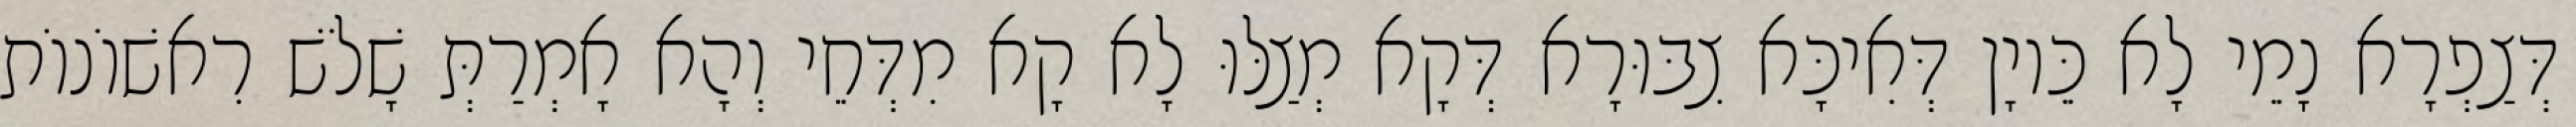
דְּצַפְרָא נָמֵי לָא כֵּיוָן דְּאִיכָּא צִבּוּרָא דְּקָא מְצַלּוּ לָא קָא מִדְּחֵי וְהָא אָמְרַתְּ שָׁלֹשׁ רִאשׁוֹנוֹת